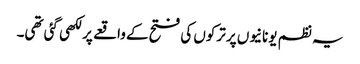
یہ نظم یونانیوں پر ترکوں کی فتح کے واقعے پر لکھی گئی تھی۔